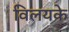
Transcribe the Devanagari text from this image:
विलयके